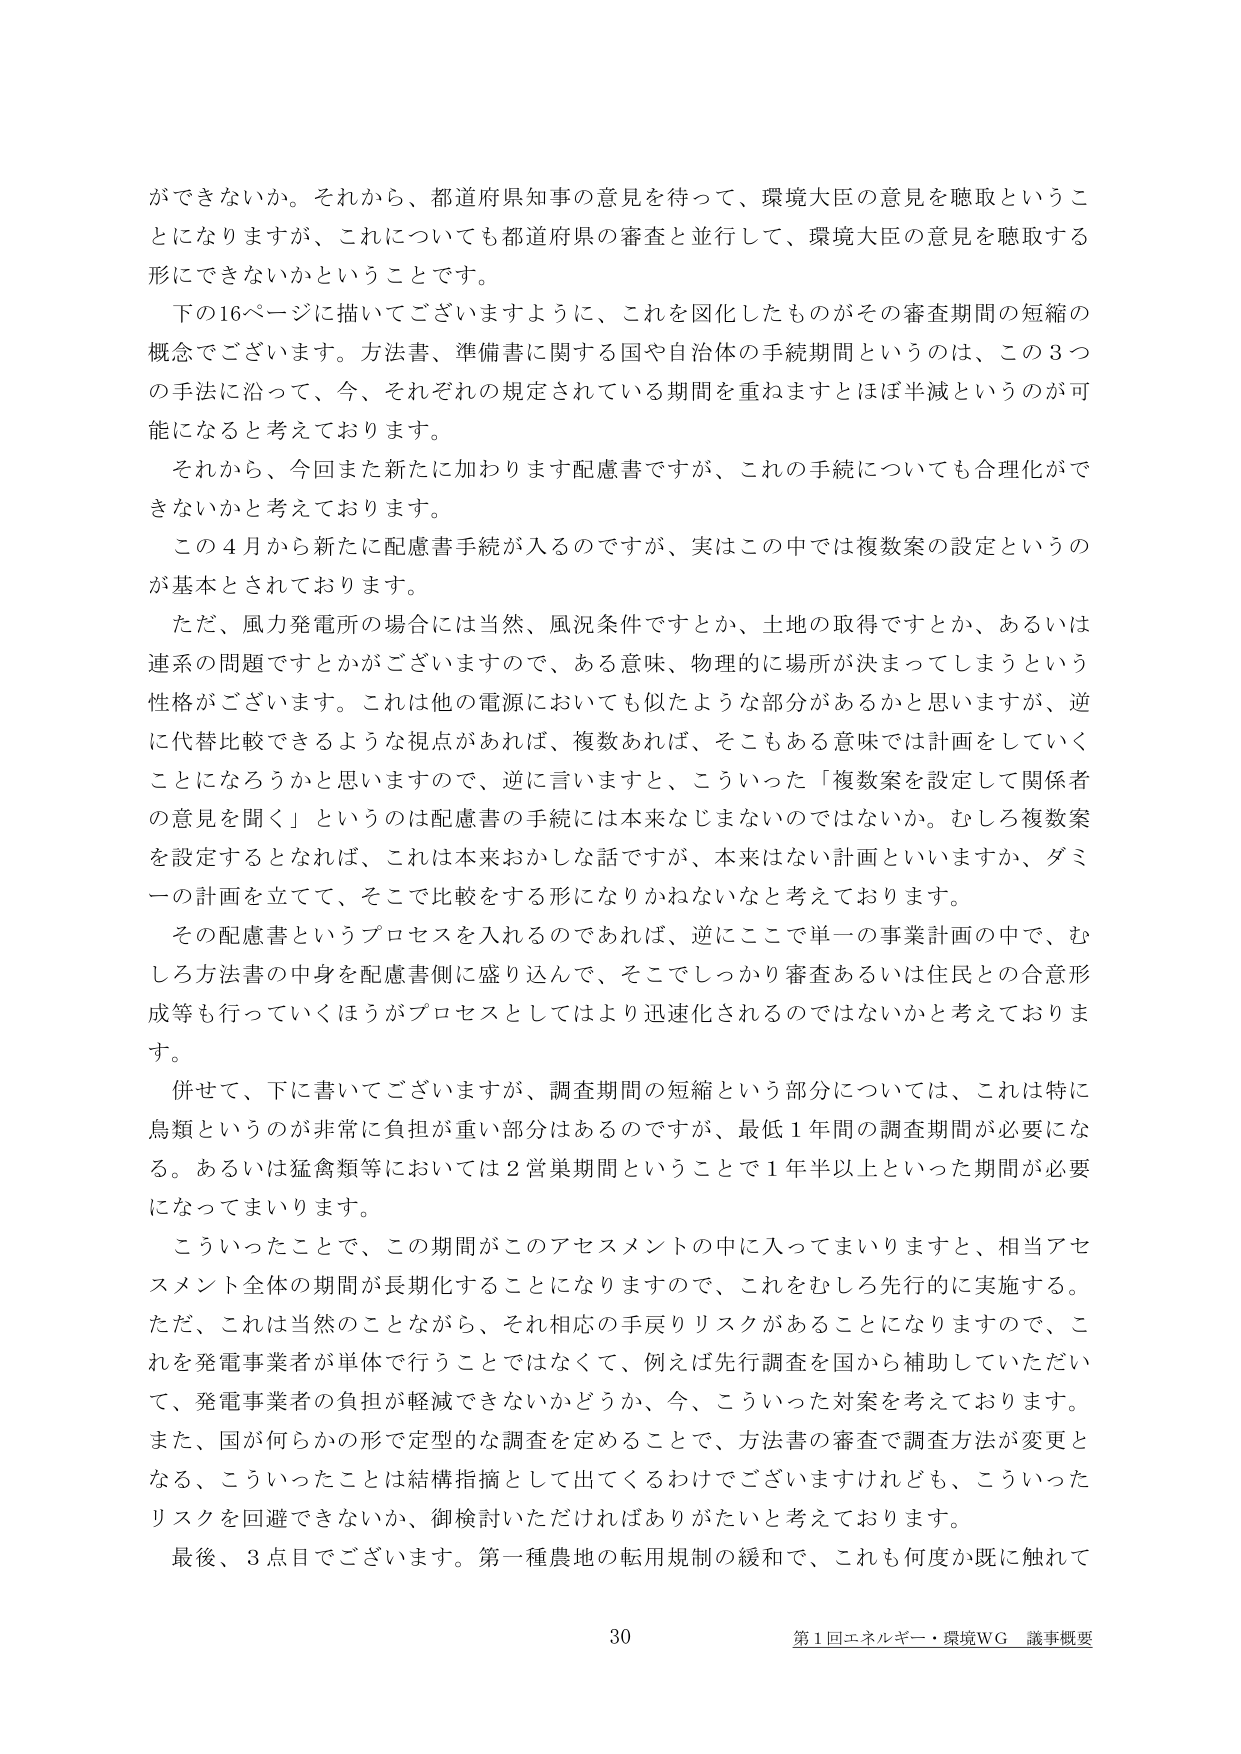
ができないか。それから、都道府県知事の意見を待って、環境大臣の意見を聴取ということになりますが、これについても都道府県の審査と並行して、環境大臣の意見を聴取する形にできないかということです。

下の16ページに描いてございますように、これを図化したものがその審査期間の短縮の概念でございます。方法書、準備書に関する国や自治体の手続期間というのは、この3つの手法に沿って、今、それぞれの規定されている期間を重ねますとほぼ半減というのが可能になると考えております。

それから、今回また新たに加わります配慮書ですが、これの手続についても合理化ができないかと考えております。

この4月から新たに配慮書手続が入るのですが、実はこの中では複数案の設定というのが基本とされております。

ただ、風力発電所の場合には当然、風況条件ですとか、土地の取得ですとか、あるいは連系の問題ですとかがございますので、ある意味、物理的に場所が決まってしまうという性格がございます。これは他の電源においても似たような部分があるかと思いますが、逆に代替比較できるような視点があれば、複数あれば、そこもある意味では計画をしていくことになろうかと思いますので、逆に言いますと、こういった「複数案を設定して関係者の意見を聞く」というのは配慮書の手続には本来なじまないのではないか。むしろ複数案を設定するとなれば、これは本来おかしな話ですが、本来はない計画といいますか、ダミーの計画を立てて、そこで比較をする形になりかねないなと考えております。

その配慮書というプロセスを入れるのであれば、逆にここで単一の事業計画の中で、むしろ方法書の中身を配慮書側に盛り込んで、そこでしっかり審査あるいは住民との合意形成等も行っていくほうがプロセスとしてはより迅速化されるのではないかと考えております。

併せて、下に書いてございますが、調査期間の短縮という部分については、これは特に鳥類というのが非常に負担が重い部分はあるのですが、最低1年間の調査期間が必要になる。あるいは猛禽類等においては2営巣期間ということで1年半以上といった期間が必要になってまいります。

こういったことで、この期間がこのアセスメントの中に入ってまいりますと、相当アセスメント全体の期間が長期化することになりますので、これをむしろ先行的に実施する。ただ、これは当然のことながら、それ相応の手戻りリスクがあることになりますので、これを発電事業者が単体で行うことではなくて、例えば先行調査を国から補助していただいて、発電事業者の負担が軽減できないかどうか、今、こういった対案を考えております。また、国が何らかの形で定型的な調査を定めることで、方法書の審査で調査方法が変更となる、こういったことは結構指摘として出てくるわけでございますけれども、こういったリスクを回避できないか、御検討いただければありがたいと考えております。

最後、3点目でございます。第一種農地の転用規制の緩和で、これも何度か既に触れて

30 第1回エネルギー・環境WG 議事概要